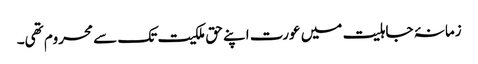
زمانۂ جاہلیت میں عورت اپنے حق ملکیت تک سے محروم تھی۔